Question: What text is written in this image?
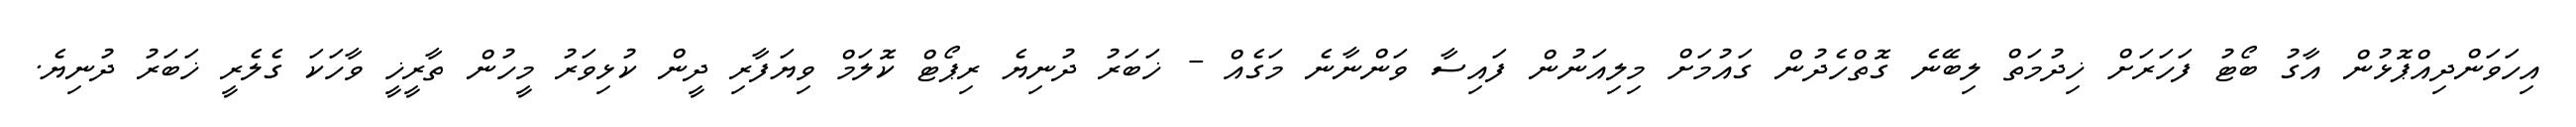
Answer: އިހަވަންދިއްޕޮޅުން އާގު ބޯޓު ފަހަރަށް ޚިދުމަތް ލިބޭނެ ގޮތްހެދުން ގައުމަށް މިލިއަނުން ފައިސާ ވަންނާނެ މަގެއް - ޚަބަރު ދުނިޔެ ރިޕޯޓް ކޮލަމް ވިޔަފާރި ދީން ކުޅިވަރު މީހުން ތާރީޚީ ވާހަކަ ގެލެރީ ޚަބަރު ދުނިޔެ.